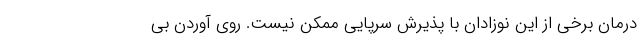
درمان برخی از این نوزادان با پذیرش سرپایی ممکن نیست. روی آوردن بی